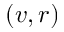
( v , r )